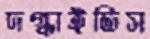
দগ্ধাইতিস